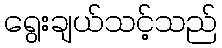
ရွေးချယ်သင့်သည်